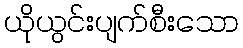
ယိုယွင်းပျက်စီးသော